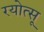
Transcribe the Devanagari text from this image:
रयोत्सू